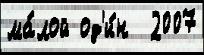
ма́лой од'и́н  2007